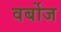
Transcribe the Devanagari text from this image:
वर्बोज